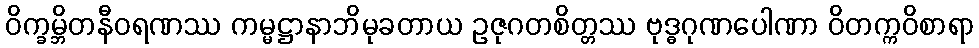
ဝိက္ခမ္ဘိတနီဝရဏဿ ကမ္မဋ္ဌာနာဘိမုခတာယ ဥဇုဂတစိတ္တဿ ဗုဒ္ဓဂုဏပေါဏာ ဝိတက္ကဝိစာရာ